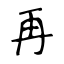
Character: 再